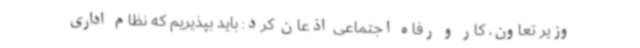
وزیر تعاون، کار و رفاه اجتماعی اذعان کرد: باید بپذیریم که نظام اداری